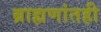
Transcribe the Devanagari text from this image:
ब्राह्मणांतही